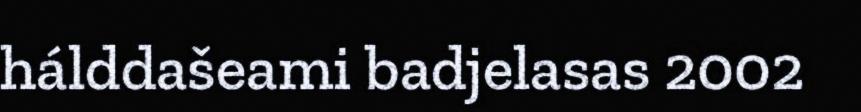
hálddašeami badjelasas 2002